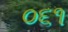
૦૬૧